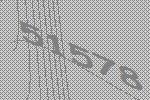
51578